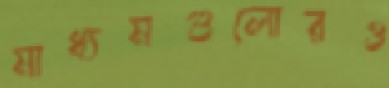
মাধ্যমগুলোরও